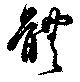
體